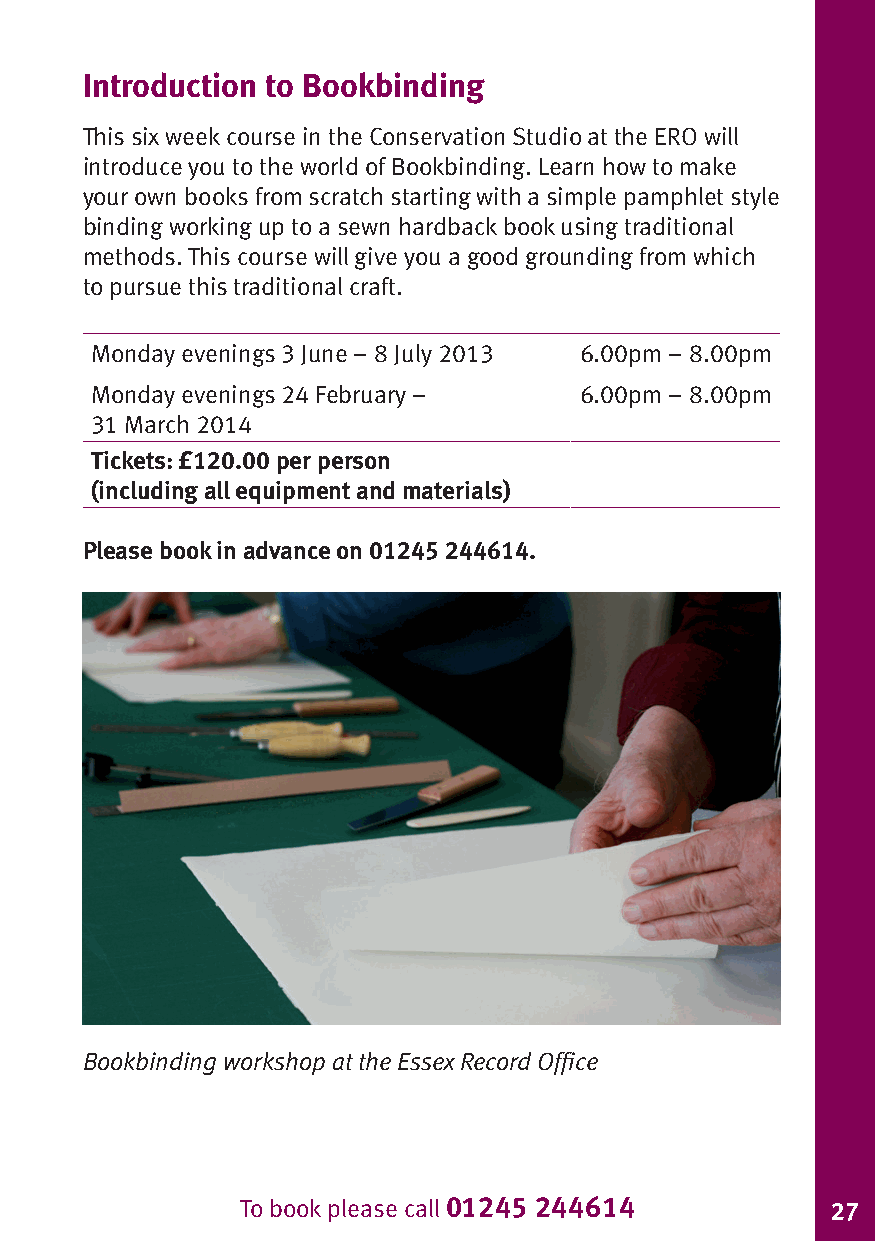
Introduction to Bookbinding
 This six week course in the Conservation Studio at the ERO will
 introduce you to the world of Bookbinding. Learn how to make
 your own books from scratch starting with a simple pamphlet style
 binding working up to a sewn hardback book using traditional
 methods. This course will give you a good grounding from which
 to pursue this traditional craft.
 Monday evenings 3 June – 8 July 2013 6.00pm – 8.00pm
 Monday evenings 24 February –   6.00pm – 8.00pm
 31 March 2014
 Tickets: £120.00 per person
 (including all equipment and materials)
 Please book in advance on 01245 244614.
 Bookbinding workshop at the Essex Record Office
 To book please call 01245 244614       27